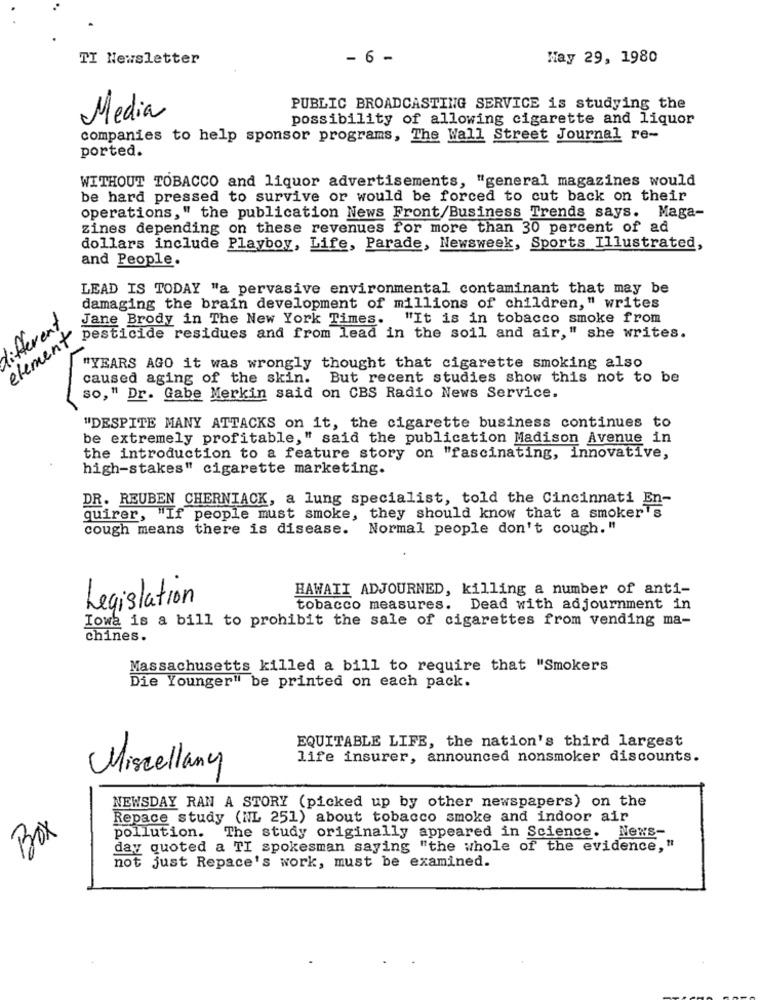
TI Newsletter
- 6 -
May 29, 1980
PUBLIC BROADCASTING SERVICE is studying the
Media
possibility of allowing cigarette and liquor
companies to help sponsor programs, The Wall Street Journal re-
ported.
WITHOUT TOBACCO and liquor advertisements, "general magazines would
be hard pressed to survive or would be forced to cut back on their
operations," the publication News Front/Business Trends says. Maga-
zines depending on these revenues for more than 30 percent of ad
dollars include Playboy, Life, Parade, Newsweek, Sports Illustrated,
and People.
LEAD IS TODAY "a pervasive environmental contaminant that may be
damaging the brain development of millions of children," writes
different
Jane Brody in The New York Times.
"It is in tobacco smoke from
element
pesticide residues and from lead in the soil and air," she writes.
"YEARS AGO it was wrongly thought that cigarette smoking also
caused aging of the skin.
But recent studies show this not to be
so," Dr. Gabe Merkin said on CBS Radio News Service.
"DESPITE MANY ATTACKS on it, the cigarette business continues to
be extremely profitable," said the publication Madison Avenue in
the introduction to a feature story on "fascinating, innovative,
high-stakes" cigarette marketing.
DR. REUBEN CHERNIACK, a lung specialist, told the Cincinnati En-
quirer, "If people must smoke, they should know that a smoker's
cough means there is disease.
Normal people don't cough. "
HAWAII ADJOURNED, killing a number of anti-
Legislation
tobacco measures. Dead with adjournment in
Iowa is a bill to prohibit the sale of cigarettes from vending ma-
chines.
Massachusetts killed a bill to require that "Smokers
Die Younger" be printed on each pack.
EQUITABLE LIFE, the nation's third largest
life insurer, announced nonsmoker discounts.
Miscellany
NEWSDAY RAN A STORY (picked up by other newspapers) on the
Repace study (NL 251) about tobacco smoke and indoor air
pollution. The study originally appeared in Science. News-
Box
day quoted a TI spokesman saying "the whole of the evidence,"
not just Repace's work, must be examined.